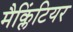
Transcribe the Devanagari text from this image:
मैक्लिंटियर